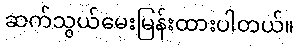
ဆက်သွယ်မေးမြန်းထားပါတယ်။